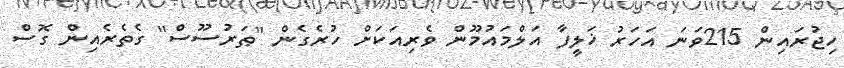
ހިޖުރައިން 215ވަނަ އަހަރު ޚަލީފާ އަލްމައުމޫން ވެރިއަކަށް ހުރެގެން ''ޠަރުސޫސް'' ގެތެރެއިން ގޮސް